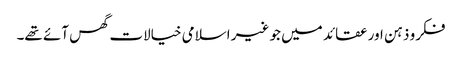
فکرو ذہن اور عقائد میں جو غیر اسلامی خیالات گھس آئے تھے۔